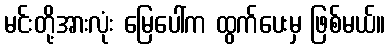
မင်းတို့အားလုံး မြေပေါ်က ထွက်ပေးမှ ဖြစ်မယ်။